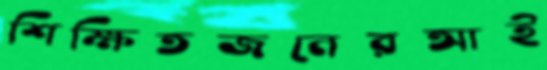
শিক্ষিতজনেরআই